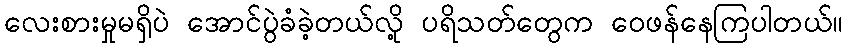
လေးစားမှုမရှိပဲ အောင်ပွဲခံခဲ့တယ်လို့ ပရိသတ်တွေက ဝေဖန်နေကြပါတယ်။